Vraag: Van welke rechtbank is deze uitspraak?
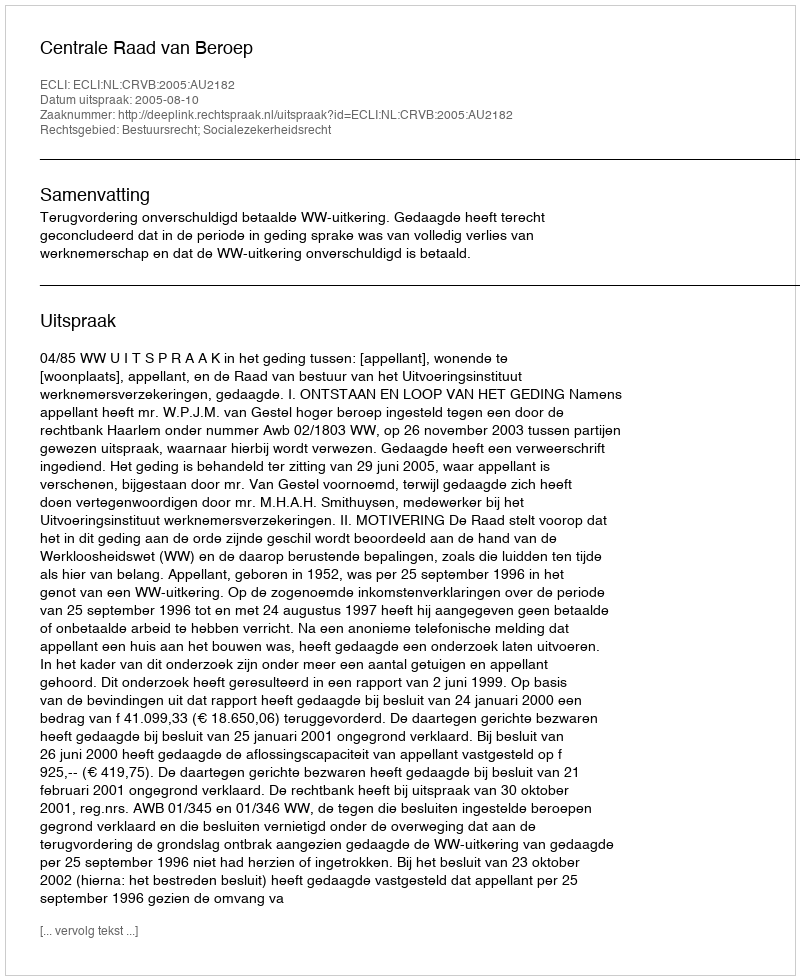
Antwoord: Centrale Raad van Beroep